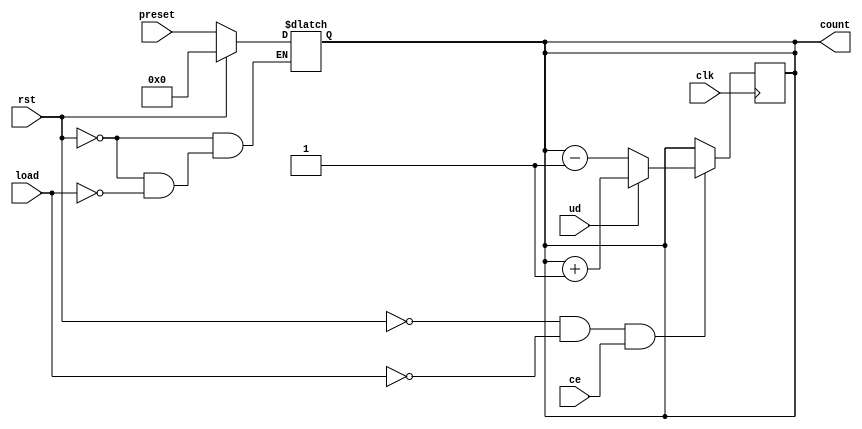
module async_load_counter (
    input wire clk,          // Clock signal
    input wire rst,          // Asynchronous reset
    input wire load,         // Load signal
    input wire ce,           // Count enable
    input wire ud,           // Up/Down control
    input wire [7:0] preset, // Preset value (8-bit)
    output reg [7:0] count   // Counter value (8-bit)
);

    // Asynchronous reset and load functionality
    always @(*) begin
        if (rst) begin
            count = 8'b0; // Reset counter to 0
        end else if (load) begin
            count = preset; // Load preset value
        end
    end

    // Counting functionality on clock edge
    always @(posedge clk) begin
        if (!rst && !load && ce) begin
            if (ud) begin
                count <= count + 1; // Increment counter
            end else begin
                count <= count - 1; // Decrement counter
            end
        end
    end

endmodule